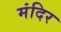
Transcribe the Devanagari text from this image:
मंदिर